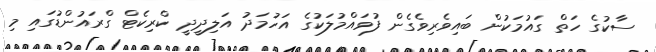
ސާކުގެ ހަތް ގައުމަކުން ބައިވެރިވެގެން ފުވައްމުލަކުގެ އަހުމަދު އަލިދީދީ ކްރިކެޓް ގްރައުންޑުގައި މި